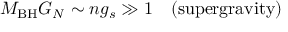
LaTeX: M _ { \mathrm { B H } } G _ { N } \sim n g _ { s } \gg 1 \ \ \ \mathrm { ( s u p e r g r a v i t y ) }